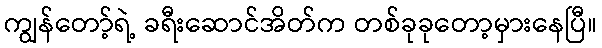
ကျွန်တော့်ရဲ့ ခရီးဆောင်အိတ်က တစ်ခုခုတော့မှားနေပြီ။